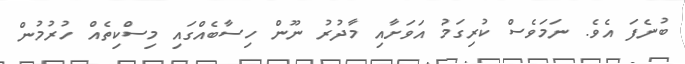
ބުނެފަ އެވެ. ނަމަވެސް ކުރިގަމު އަވަށާއި މާދުރު ނޫން ހިސާބެއްގައި މިސްކިތެއް ހުރުމުން